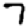
Digit: 7